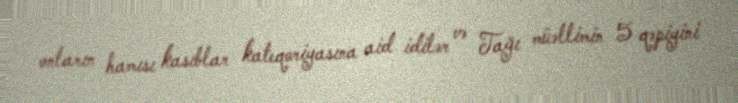
onların hamısı kasıblar kateqoriyasına aid idilər və Tağı müəllimin 5 qəpiyini